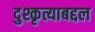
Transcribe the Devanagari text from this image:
दुश्कृत्याबद्दल